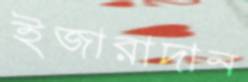
ইজারাদান